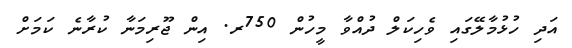
އަދި ހުޅުމާލޭގައި ވެހިކަލް ދުއްވާ މީހުން 750ރ. އިން ޖޫރިމަނާ ކުރާނެ ކަމަށް